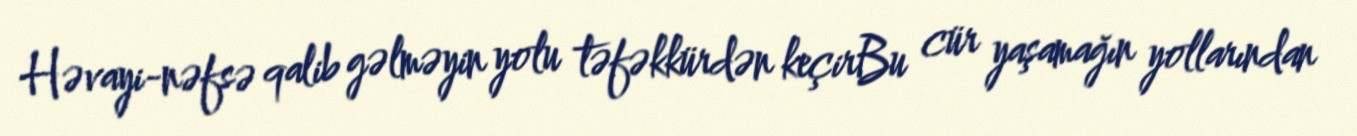
Həvayi-nəfsə qalib gəlməyin yolu təfəkkürdən keçirBu cür yaşamağın yollarından